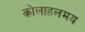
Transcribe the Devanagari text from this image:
कोलाहलमय